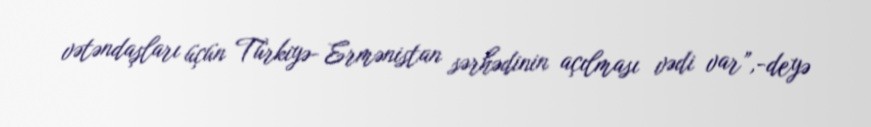
vətəndaşları üçün Türkiyə- Ermənistan sərhədinin açılması vədi var”,-deyə